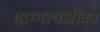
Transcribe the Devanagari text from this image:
दाम्पत्यजीवन